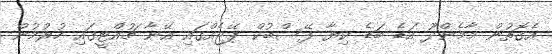
އެގޮތުން މާމެންދޫ އަޑެ ބަޑެ ކިޔާ ފޭސްބުކް ޕޭޖެއްގައި އޭނާ ޗުއްޓީގައި ހުރުމުން